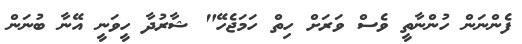
ފެންނަން ހުންނާތީ ވެސް ވަރަށް ހިތް ހަމަޖެހޭ" ޝާރުދާ ހީވަނީ އޭނާ ބުނަން